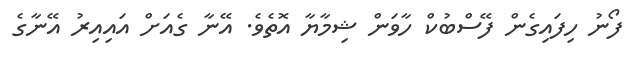
ފޯނު ހިފައިގެން ފޭސްބުކް ހާވަން ޝިމާޔާ އޮތެވެ. އޭނާ ގެއަށް އައިއިރު އޭނާގެ